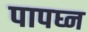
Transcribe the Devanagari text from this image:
पापघ्न